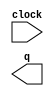
// megafunction wizard: %LPM_COUNTER%VBB%
// GENERATION: STANDARD
// VERSION: WM1.0
// MODULE: LPM_COUNTER 

// ============================================================
// Megafunction Name(s):
// 			LPM_COUNTER
//
// Simulation Library Files(s):
// 			lpm
// ============================================================
// ************************************************************
// THIS IS A WIZARD-GENERATED FILE. DO NOT EDIT THIS FILE!
//
// 22.1std.0 Build 915 10/25/2022 SC Standard Edition
// ************************************************************

//Copyright (C) 2022  Intel Corporation. All rights reserved.
//Your use of Intel Corporation's design tools, logic functions 
//and other software and tools, and any partner logic 
//functions, and any output files from any of the foregoing 
//(including device programming or simulation files), and any 
//associated documentation or information are expressly subject 
//to the terms and conditions of the Intel Program License 
//Subscription Agreement, the Intel Quartus Prime License Agreement,
//the Intel FPGA IP License Agreement, or other applicable license
//agreement, including, without limitation, that your use is for
//the sole purpose of programming logic devices manufactured by
//Intel and sold by Intel or its authorized distributors.  Please
//refer to the applicable agreement for further details, at
//https://fpgasoftware.intel.com/eula.

module lpm_countr (
	clock,
	q);

	input	  clock;
	output	[4:0]  q;

endmodule

// ============================================================
// CNX file retrieval info
// ============================================================
// Retrieval info: PRIVATE: ACLR NUMERIC "0"
// Retrieval info: PRIVATE: ALOAD NUMERIC "0"
// Retrieval info: PRIVATE: ASET NUMERIC "0"
// Retrieval info: PRIVATE: ASET_ALL1 NUMERIC "1"
// Retrieval info: PRIVATE: CLK_EN NUMERIC "0"
// Retrieval info: PRIVATE: CNT_EN NUMERIC "0"
// Retrieval info: PRIVATE: CarryIn NUMERIC "0"
// Retrieval info: PRIVATE: CarryOut NUMERIC "0"
// Retrieval info: PRIVATE: Direction NUMERIC "0"
// Retrieval info: PRIVATE: INTENDED_DEVICE_FAMILY STRING "MAX II"
// Retrieval info: PRIVATE: ModulusCounter NUMERIC "1"
// Retrieval info: PRIVATE: ModulusValue NUMERIC "20"
// Retrieval info: PRIVATE: SCLR NUMERIC "0"
// Retrieval info: PRIVATE: SLOAD NUMERIC "0"
// Retrieval info: PRIVATE: SSET NUMERIC "0"
// Retrieval info: PRIVATE: SSET_ALL1 NUMERIC "1"
// Retrieval info: PRIVATE: SYNTH_WRAPPER_GEN_POSTFIX STRING "0"
// Retrieval info: PRIVATE: nBit NUMERIC "5"
// Retrieval info: PRIVATE: new_diagram STRING "1"
// Retrieval info: LIBRARY: lpm lpm.lpm_components.all
// Retrieval info: CONSTANT: LPM_DIRECTION STRING "UP"
// Retrieval info: CONSTANT: LPM_MODULUS NUMERIC "20"
// Retrieval info: CONSTANT: LPM_PORT_UPDOWN STRING "PORT_UNUSED"
// Retrieval info: CONSTANT: LPM_TYPE STRING "LPM_COUNTER"
// Retrieval info: CONSTANT: LPM_WIDTH NUMERIC "5"
// Retrieval info: USED_PORT: clock 0 0 0 0 INPUT NODEFVAL "clock"
// Retrieval info: USED_PORT: q 0 0 5 0 OUTPUT NODEFVAL "q[4..0]"
// Retrieval info: CONNECT: @clock 0 0 0 0 clock 0 0 0 0
// Retrieval info: CONNECT: q 0 0 5 0 @q 0 0 5 0
// Retrieval info: GEN_FILE: TYPE_NORMAL lpm_countr.v TRUE
// Retrieval info: GEN_FILE: TYPE_NORMAL lpm_countr.inc FALSE
// Retrieval info: GEN_FILE: TYPE_NORMAL lpm_countr.cmp FALSE
// Retrieval info: GEN_FILE: TYPE_NORMAL lpm_countr.bsf TRUE
// Retrieval info: GEN_FILE: TYPE_NORMAL lpm_countr_inst.v FALSE
// Retrieval info: GEN_FILE: TYPE_NORMAL lpm_countr_bb.v TRUE
// Retrieval info: LIB_FILE: lpm